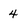
Character: 4